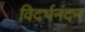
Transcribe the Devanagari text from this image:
विदर्भनंदन